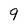
Character: 9